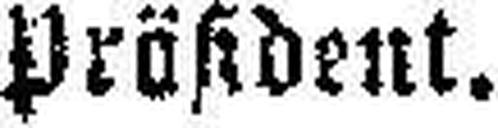
Präsident.